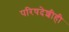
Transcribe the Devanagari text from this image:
परिषदेशीही